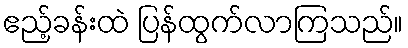
ဧည့်ခန်းထဲ ပြန်ထွက်လာကြသည်။